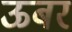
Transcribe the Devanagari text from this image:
ऊबर